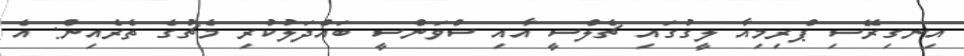
އިނގިރޭސި ޕްރިމިއާ ލީގުގައި ޗެލްސީ އާއި ސްވަންސީ ބައްދަލުކުރި މެޗުގެ ތެރެއިން: އެ